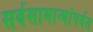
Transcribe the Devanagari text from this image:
सर्वसामान्यांपर्यत